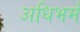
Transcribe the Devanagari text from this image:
अधिभर्म